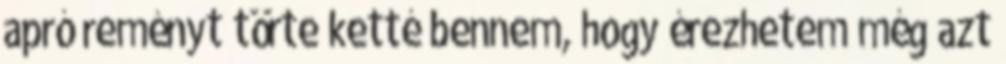
apró reményt törte ketté bennem, hogy érezhetem még azt